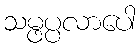
သမ္ဖပ္ပလာပေါ